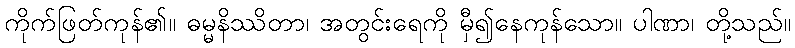
ကိုက်ဖြတ်ကုန်၏။ ဓမ္မနိဿိတာ၊ အတွင်းရေကို မှီ၍နေကုန်သော။ ပါဏာ၊ တို့သည်။